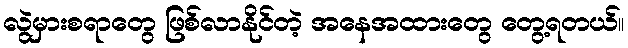
လွဲမှားစရာတွေ ဖြစ်လာနိုင်တဲ့ အနေအထားတွေ တွေ့ရတယ်။